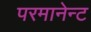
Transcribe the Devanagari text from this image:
परमानेन्ट